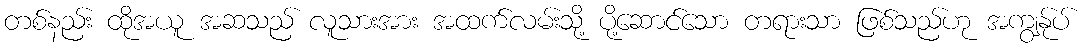
တစ်နည်း ထိုအယူ အဆသည် လူသားအား အထက်လမ်းသို့ ပို့ဆောင်သော တရားသာ ဖြစ်သည်ဟု အကျွန်ုပ်